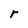
Character: r